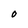
Character: O